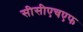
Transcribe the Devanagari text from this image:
सीसीएचएफ